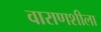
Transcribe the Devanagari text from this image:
वाराणशीला